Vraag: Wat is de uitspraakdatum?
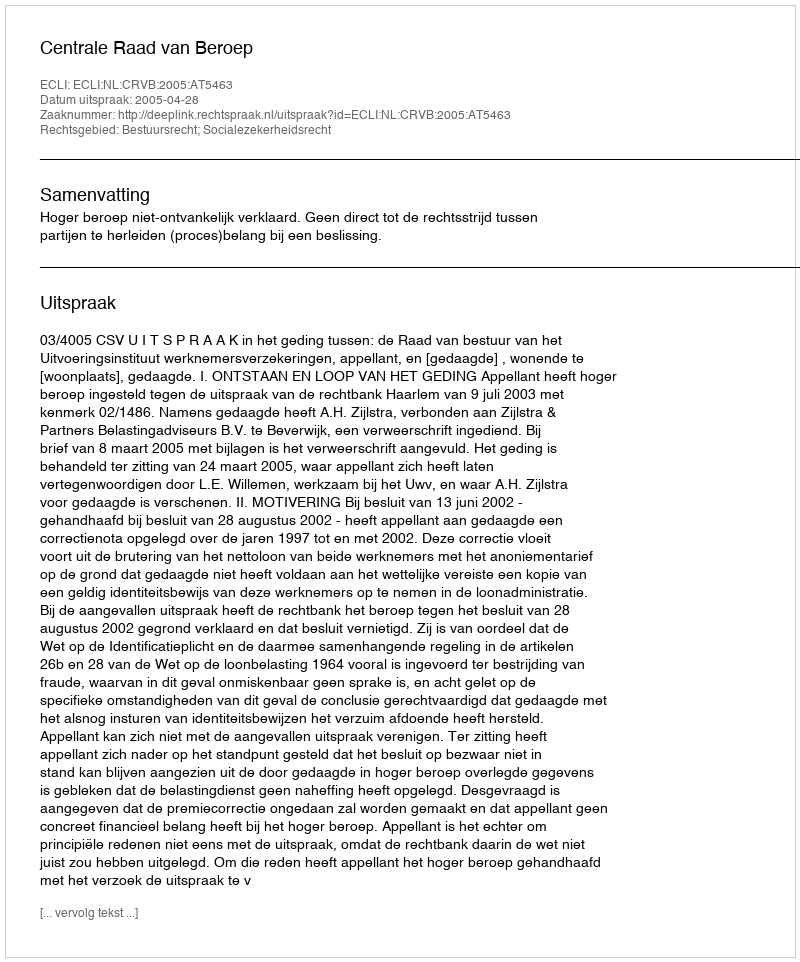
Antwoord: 2005-04-28